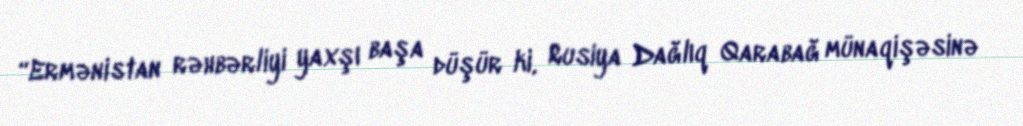
“Ermənistan rəhbərliyi yaxşı başa düşür ki, Rusiya Dağlıq Qarabağ münaqişəsinə